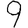
Digit: 9